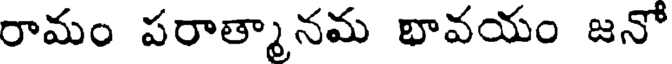
రామం పరాత్మానమ భావయం జనో